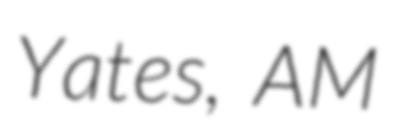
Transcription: Yates, AM